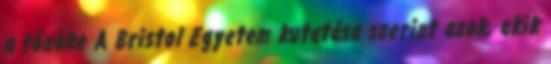
a főnöke A Bristol Egyetem kutatása szerint azok, akik